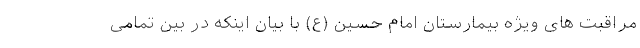
مراقبت های ویژه بیمارستان امام حسین (ع) با بیان اینکه در بین تمامی